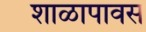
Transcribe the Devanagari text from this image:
शाळापावस